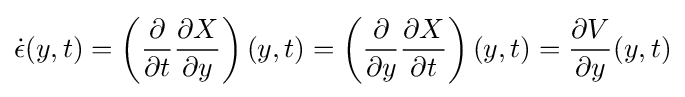
{\dot {\epsilon }}(y,t)=\left({\frac {\partial }{\partial t}}{\frac {\partial X}{\partial y}}\right)(y,t)=\left({\frac {\partial }{\partial y}}{\frac {\partial X}{\partial t}}\right)(y,t)={\frac {\partial V}{\partial y}}(y,t)